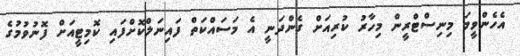
އެހެންވީމަ މިނިސްޓްރީން މިހާރު ކުރިއަށް ގެންދަނީ އެ މަސައްކަތް ފައިނަލްކޮށްފައި ކޮމިޓީއަށް ފޮނުވުމުގެ